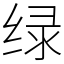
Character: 绿